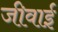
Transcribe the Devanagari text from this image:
जीवाई